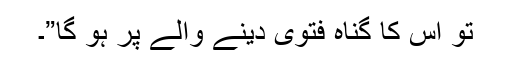
تو اس کا گناہ فتویٰ دینے والے پر ہو گا”۔